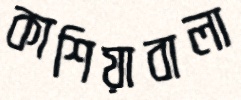
কাশিয়াবালা